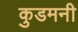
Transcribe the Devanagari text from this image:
कुडमनी